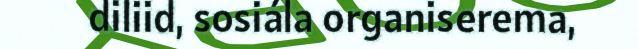
diliid, sosiála organiserema,